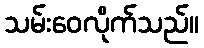
သမ်းဝေလိုက်သည်။